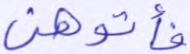
فأتوهن